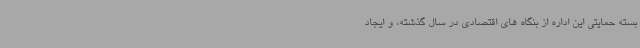
بسته حمایتی این اداره از بنگاه های اقتصادی در سال گذشته، و ایجاد